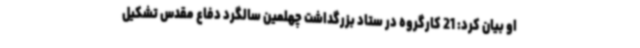
او بیان کرد: 21 کارگروه در ستاد بزرگداشت چهلمین سالگرد دفاع مقدس تشکیل